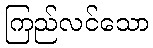
ကြည်လင်သော